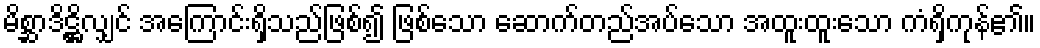
မိစ္ဆာဒိဋ္ဌိလျှင် အကြောင်းရှိသည်ဖြစ်၍ ဖြစ်သော ဆောက်တည်အပ်သော အထူးထူးသော ကံရှိကုန်၏။